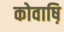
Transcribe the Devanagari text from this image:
कोवाष़ि